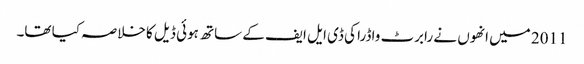
2011 میں انھوں نے رابرٹ واڈرا کی ڈی ایل ایف کے ساتھ ہوئی ڈیل کا خلاصہ کیا تھا۔